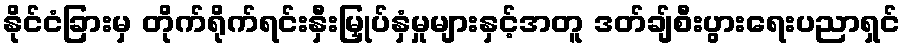
နိုင်ငံခြားမှ တိုက်ရိုက်ရင်းနှီးမြှုပ်နှံမှုများနှင့်အတူ ဒတ်ချ်စီးပွားရေးပညာရှင်